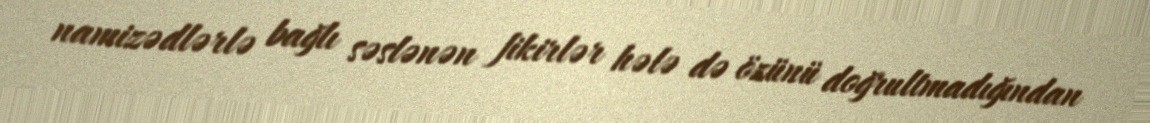
namizədlərlə bağlı səslənən fikirlər hələ də özünü doğrultmadığından